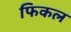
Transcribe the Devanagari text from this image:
फिकल